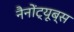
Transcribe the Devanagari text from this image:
नैनोंट्यूब्स